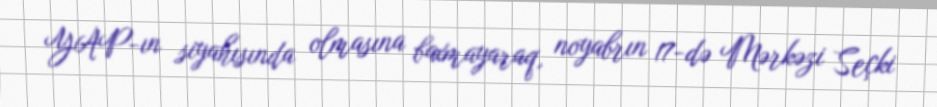
YAP-ın siyahısında olmasına baxmayaraq, noyabrın 17-də Mərkəzi Seçki